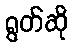
ရွတ်ဆို